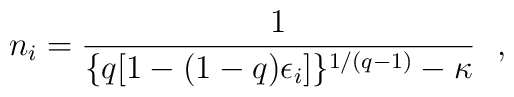
n_i=\frac{1}{ \{q[ 1-(1-q) \epsilon_i]\}^{1/(q-1)} -\kappa} \ \ ,